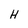
Character: H